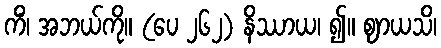
ကိံ၊ အဘယ်ကို။ (ပေ ၂၆၂) နိဿာယ၊ ၍။ ဈာယသိ၊